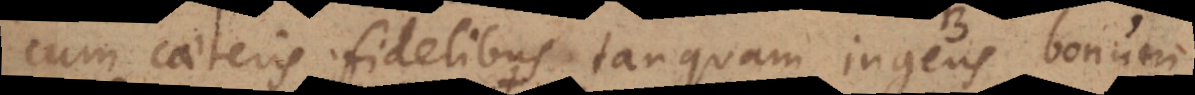
tamen eteris fidelibus tanquam ingens bonum